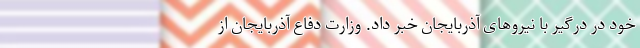
خود در درگیر با نیروهای آذربایجان خبر داد. وزارت دفاع آذربایجان از